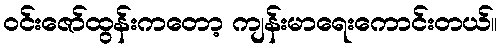
ဝင်းဇော်ထွန်းကတော့ ကျန်းမာရေးကောင်းတယ်။